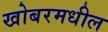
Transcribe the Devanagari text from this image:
खोबरमधील